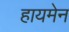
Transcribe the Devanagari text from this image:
हायमेन